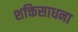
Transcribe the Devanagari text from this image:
शक्तिसाधना